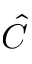
\hat { C }